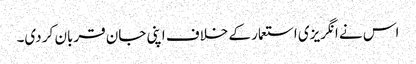
اس نے انگریزی استعمار کے خلاف اپنی جان قربان کر دی۔